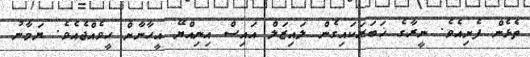
ތެޅެން ފެށިއެވެ. ނީރާގެ ޚަބަރަކައިގެން ލައިޒަލް އައިސް އިނިއްޔޭ އީހާނާށް ހީވެއްޖެއެވެ. ޔަމާނު